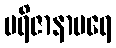
ပရိဇာနာပရေ